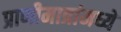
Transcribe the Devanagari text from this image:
प्राणीमात्रांमध्ये